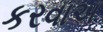
કરવાઅ